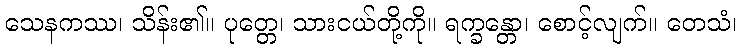
သေနကဿ၊ သိန်း၏။ ပုတ္တေ၊ သားငယ်တို့ကို။ ရက္ခန္တော၊ စောင့်လျက်။ တေသံ၊